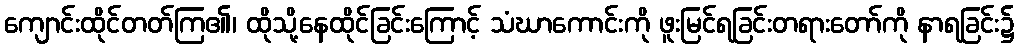
ကျောင်းထိုင်တတ်ကြ၏၊ ထိုသို့နေထိုင်ခြင်းကြောင့် သံဃာကောင်းကို ဖူးမြင်ရခြင်းတရားတော်ကို နာရခြင်း၌